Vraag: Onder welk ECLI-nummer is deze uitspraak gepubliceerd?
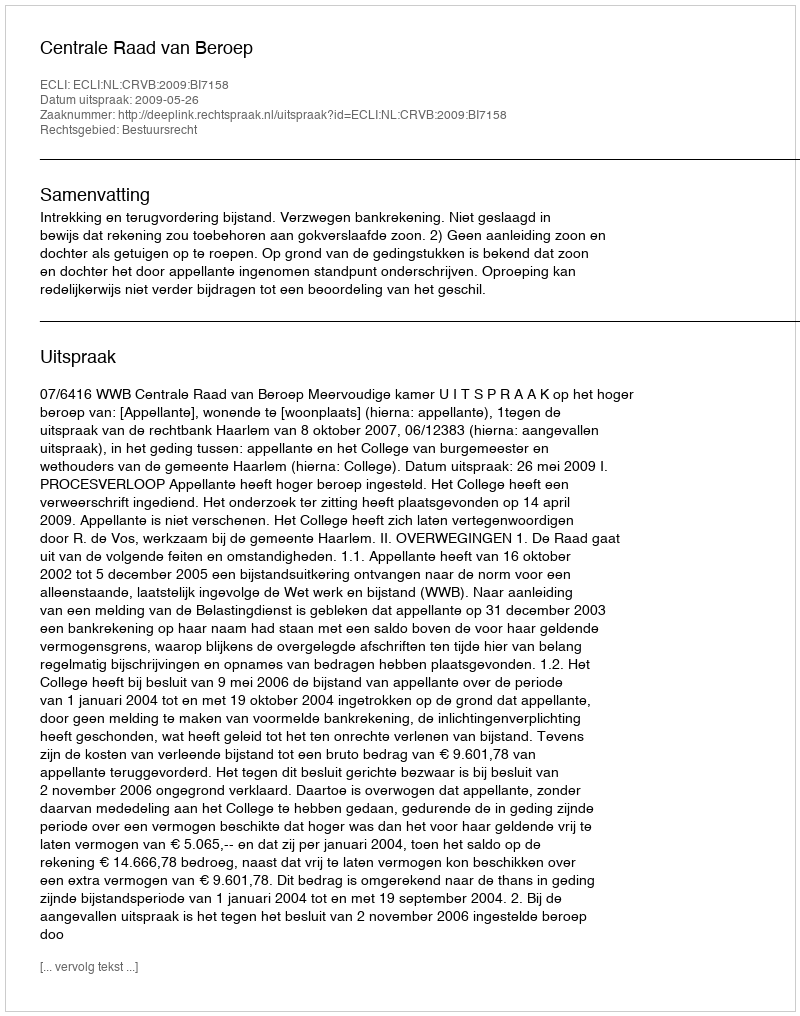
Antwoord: ECLI:NL:CRVB:2009:BI7158